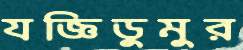
যজ্ঞিডুমুর